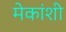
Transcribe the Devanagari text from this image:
मेकांशी